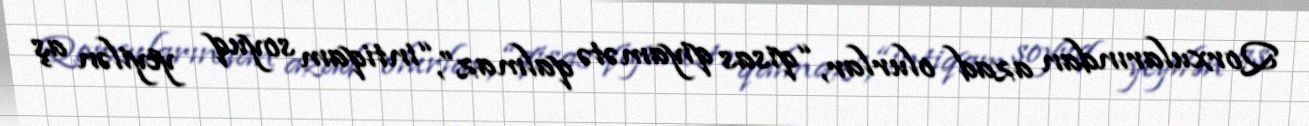
Qorxularından azad olurlar, “qisas qiyamətə qalmaz”, “intiqam soyuq yeyilən aş